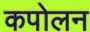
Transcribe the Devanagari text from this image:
कपोलन